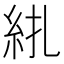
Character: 𥾱